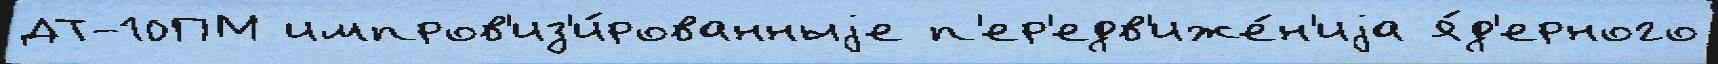
ДТ-10ПМ импров'из'и́рованныjе п'ер'едв'иже́н'иjа я́д'ерного